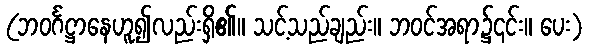
(ဘဝင်္ဂဋ္ဌာနေဟူ၍လည်းရှိ၏။ သင့်သည်ချည်း။ ဘဝင်အရာ၌၎င်း။ ပေး)